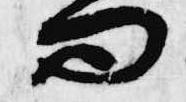
問